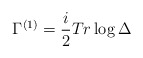
\begin{align*}\Gamma^{(1)}=\frac{i}{2}Tr\log\Delta\end{align*}